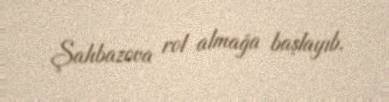
Şahbazova rol almağa başlayıb.